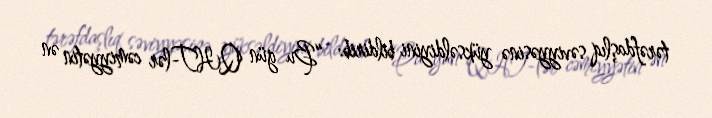
tərəfdaşlıq səviyyəsinə yüksəldiyini bildirib: “Bu gün QHT-lər cəmiyyətin ən